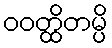
ဝဝတ္ထိတမ္ပိ